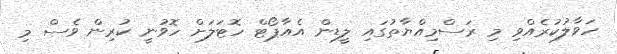
ހަވާލުކުރެއްވި މި ރަސްމިއްޔާތުގައި ލީޑިން އެއާޕޯޓް ހޮޓަލަށް ހޮވުނީ ކުރިން ވެސް މި